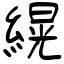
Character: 縨